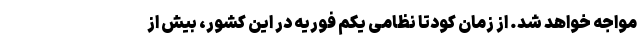
مواجه خواهد شد. از زمان کودتا نظامی یکم فوریه در این کشور، بیش از